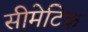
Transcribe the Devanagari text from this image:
सीमेटिक